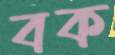
বক